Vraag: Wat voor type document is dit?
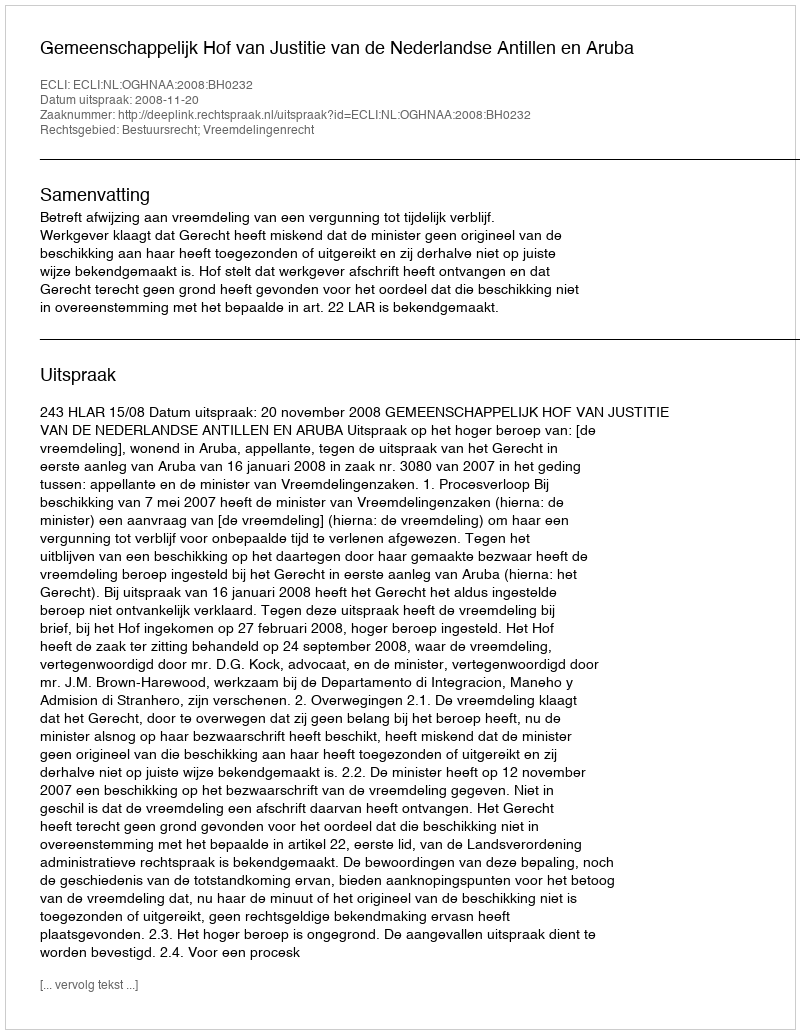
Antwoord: Uitspraak